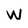
Character: W